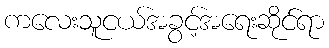
ကလေးသူငယ်အခွင့်အရေးဆိုင်ရာ